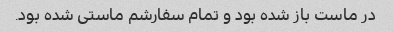
در ماست باز شده بود و تمام سفارشم ماستی شده بود.